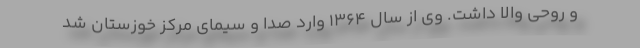
و روحی والا داشت. وی از سال ۱۳۶۴ وارد صدا و سیمای مرکز خوزستان شد